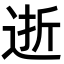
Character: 逝